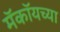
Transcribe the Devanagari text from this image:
मॅकॉयच्या